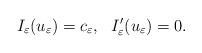
LaTeX: \begin{align*}I_\varepsilon(u_\varepsilon)=c_\varepsilon,\ \ I'_\varepsilon(u_\varepsilon)=0.\end{align*}